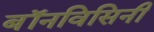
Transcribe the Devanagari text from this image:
बॉनविसिनी